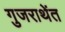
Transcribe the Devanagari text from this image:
गुजराथेंत